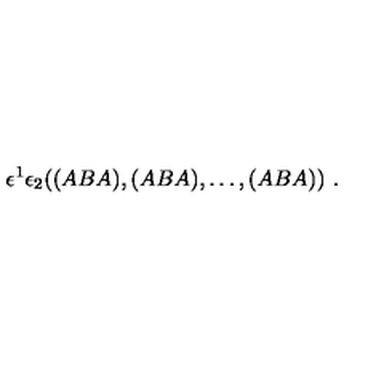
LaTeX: \epsilon ^ { 1 } \epsilon _ { 2 } ( ( A B A ) , ( A B A ) , \dots , ( A B A ) ) \ .